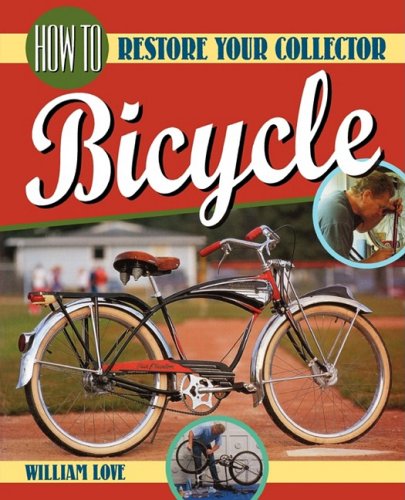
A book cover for How to Restore Your Collector Bicycle (Bicycle Books); William Love; Crafts, Hobbies & Home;